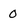
Character: 0